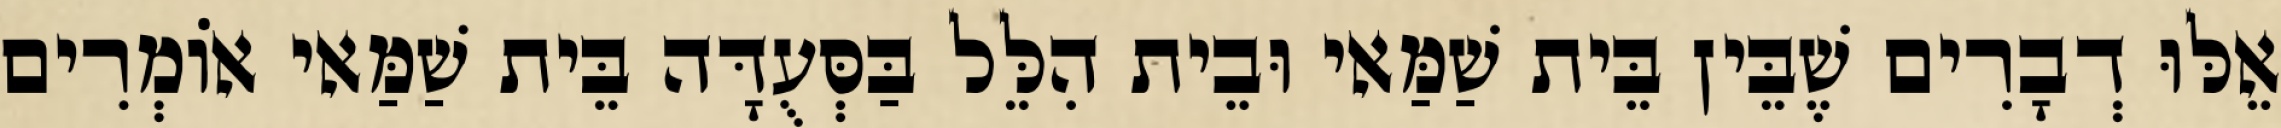
אֵלּוּ דְבָרִים שֶׁבֵּין בֵּית שַׁמַּאי וּבֵית הִלֵּל בַּסְּעֻדָּה בֵּית שַׁמַּאי אוֹמְרִים